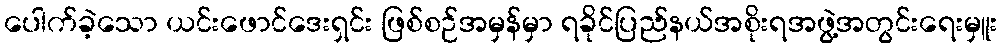
ပေါက်ခဲ့သော ယင်းဖောင်ဒေးရှင်း ဖြစ်စဉ်အမှန်မှာ ရခိုင်ပြည်နယ်အစိုးရအဖွဲ့အတွင်းရေးမှူး